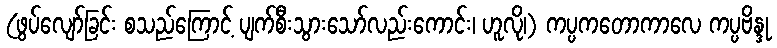
(ဖွပ်လျော်ခြင်း စသည်ကြောင့် ပျက်စီးသွားသော်လည်းကောင်း၊ ဟူလို၊) ကပ္ပကတောကာလေ ကပ္ပဗိန္ဒု